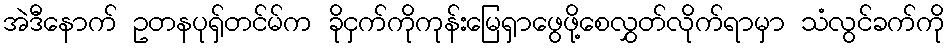
အဲဒီနောက် ဥတနပုရှ်တင်မ်က ခိုငှက်ကိုကုန်းမြေရှာဖွေဖို့စေလွှတ်လိုက်ရာမှာ သံလွင်ခက်ကို